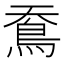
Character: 鴌